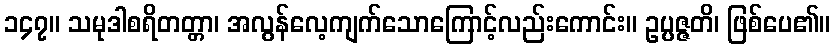
၁၄၇။ သမုဒါစရိတတ္တာ၊ အလွန်လေ့ကျက်သောကြောင့်လည်းကောင်း။ ဥပ္ပဇ္ဇတိ၊ ဖြစ်ပေ၏။